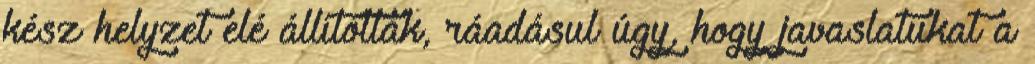
kész helyzet elé állították, ráadásul úgy, hogy javaslatukat a